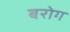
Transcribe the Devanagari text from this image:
बरोग